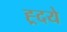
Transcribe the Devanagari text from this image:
ह्र्दये